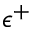
\epsilon ^ { + }